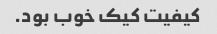
کیفیت کیک خوب بود.